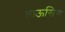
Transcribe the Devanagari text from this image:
ताऊसिग